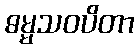
ဓမ္မသဝပိတာ